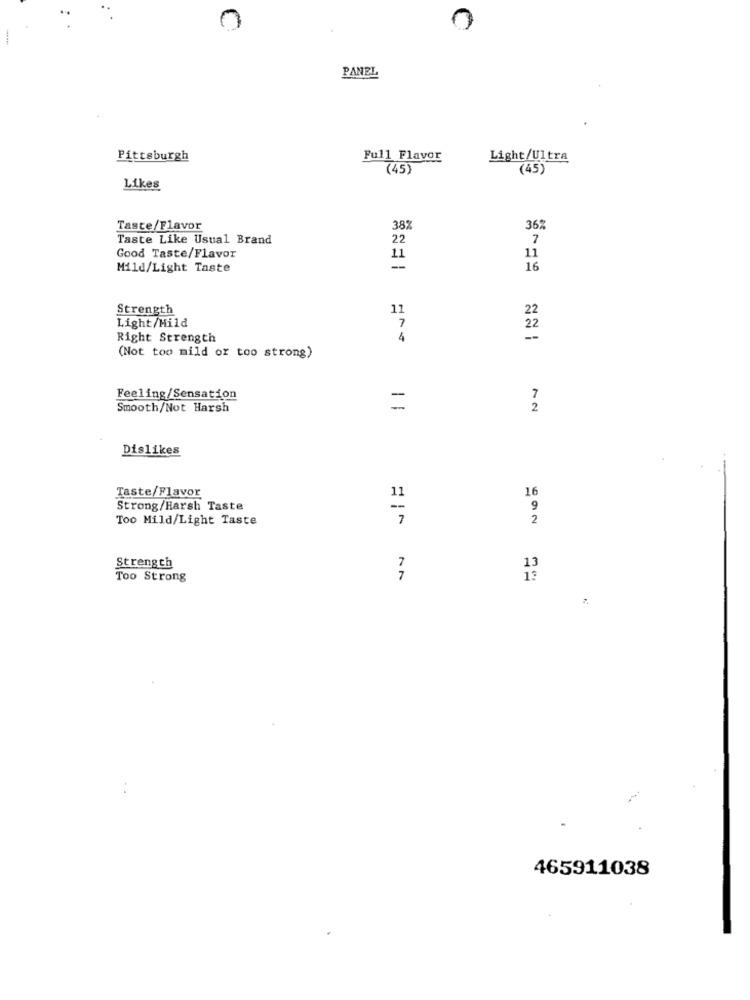
0
0
PANEL
Pittsburgh
Full Flavor
Light/Ultra
(45)
(45)
Likes
Taste/Flavor
38%
36
Taste Like Usual Brand
22
7
Good Taste/Flavor
11
11
Mild/Light Taste
-
16
Strength
11
Light/Mild
7
Right Strength
--
(Not too mild or too strong)
Feeling/Sensation
Smooth/Not Harsh
=
2
Dislikes
Taste/Flavor
11
Strong/Harsh Taste
9
Too Mild/Light Taste
2
Strength
7
Too Strong
465911038